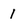
Character: 1